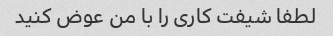
لطفا شیفت کاری را با من عوض کنید